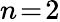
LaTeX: n\! =\! 2